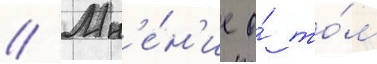
// Мн'е́н'ие о́ то́м